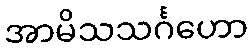
အာမိသသင်္ဂဟော